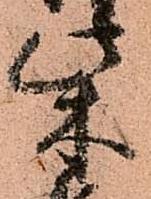
柴